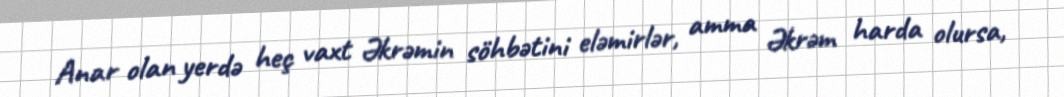
Anar olan yerdə heç vaxt Əkrəmin söhbətini eləmirlər, amma Əkrəm harda olursa,